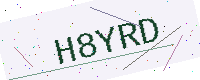
Text: H8YRD